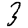
Digit: 3